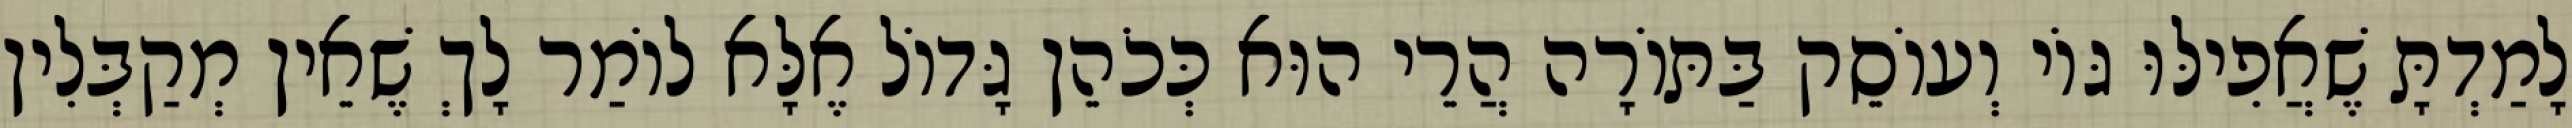
לָמַדְתָּ שֶׁאֲפִילּוּ גּוֹי וְעוֹסֵק בַּתּוֹרָה הֲרֵי הוּא כְּכֹהֵן גָּדוֹל אֶלָּא לוֹמַר לָךְ שֶׁאֵין מְקַבְּלִין